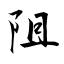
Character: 阻